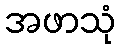
အဖာသုံ